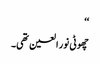
‘‘
چھوٹی نور العین تھی۔